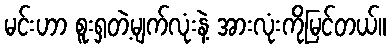
မင်းဟာ စူးရှတဲ့မျက်လုံးနဲ့ အားလုံးကိုမြင်တယ်။